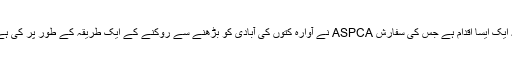
یہ ایک ایسا اقدام ہے جس کی سفارش ASPCA نے آوارہ کتوں کی آبادی کو بڑھنے سے روکنے کے ایک طریقہ کے طور پر کی ہے۔